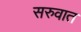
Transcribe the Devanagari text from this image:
सरुवात